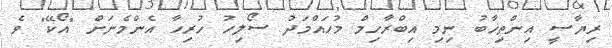
ރިޔާސީ އިންތިޚާބު ނިމި އިބްރާހިމް މުހައްމަދު ސޯލިހު ހުރިހާ އެންމެނަށް "އޯކޭ" ވެ